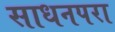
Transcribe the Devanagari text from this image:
साधनपरा